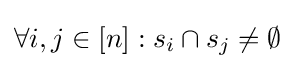
\forall i,j\in [n]:s_{i}\cap s_{j}\neq \emptyset